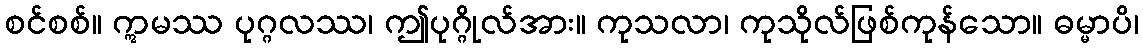
စင်စစ်။ ဣမဿ ပုဂ္ဂလဿ၊ ဤပုဂ္ဂိုလ်အား။ ကုသလာ၊ ကုသိုလ်ဖြစ်ကုန်သော။ ဓမ္မာပိ၊